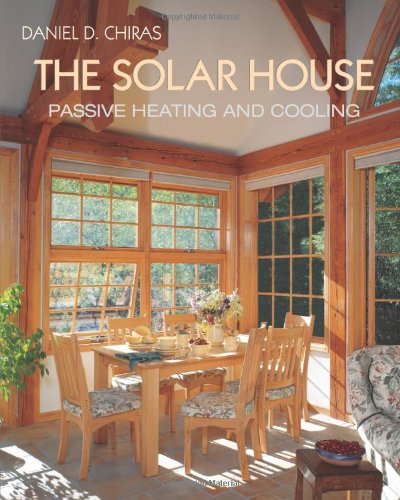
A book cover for The Solar House: Passive Heating and Cooling; Daniel D. Chiras; Crafts, Hobbies & Home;